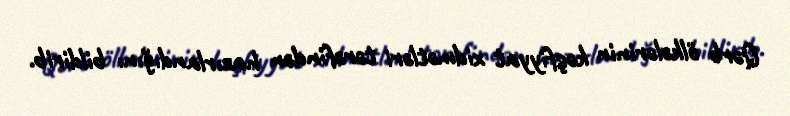
Qərb ölkələrinin kəşfiyyat xidmətləri tərəfindən hazırlandığını bildirib.